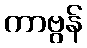
ကာဗွန်